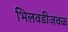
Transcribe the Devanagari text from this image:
भिलवडीजवळ